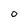
Character: 0